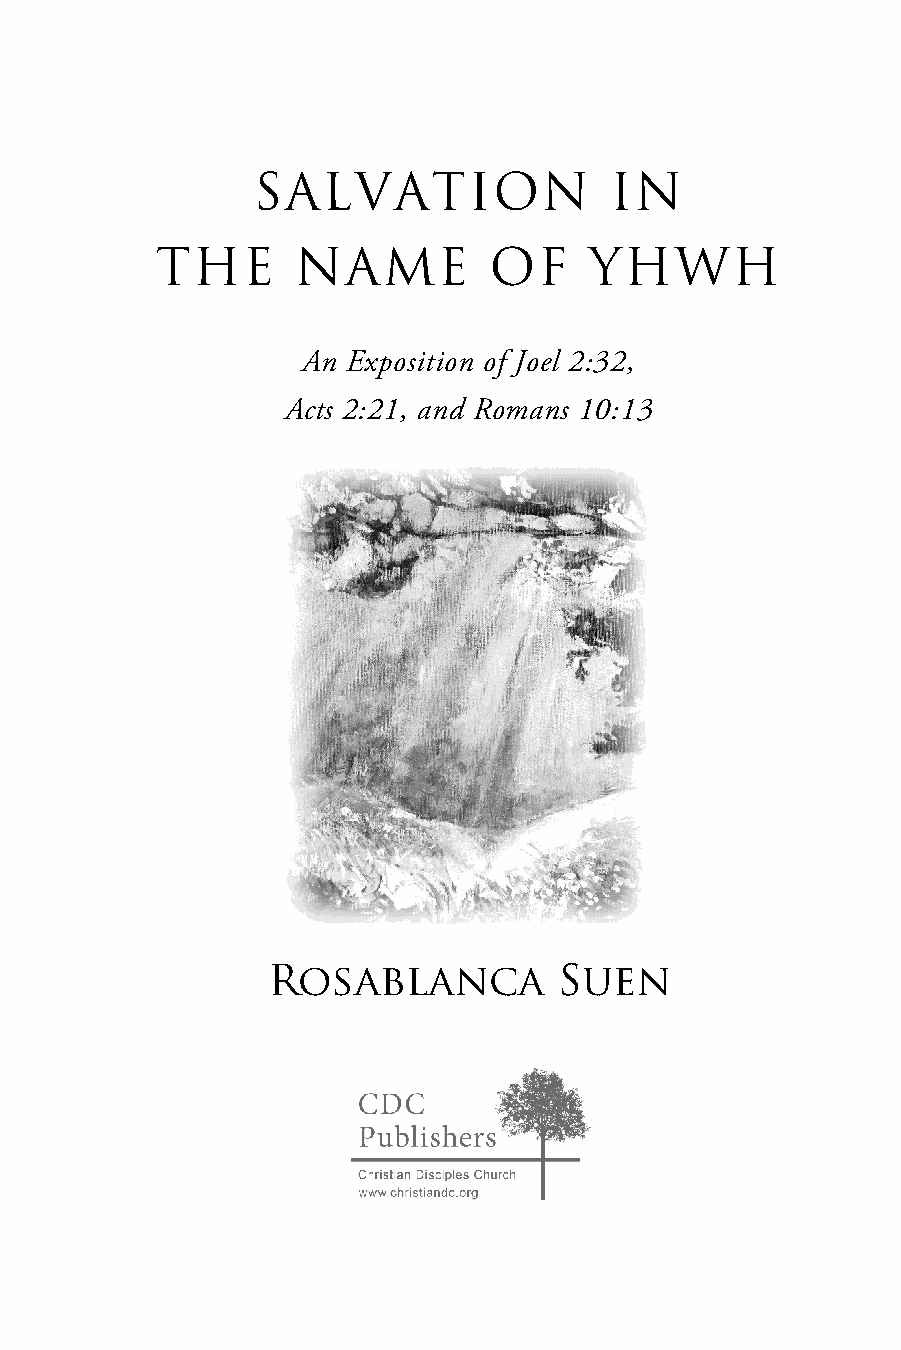
SALVATION              IN
 THE       NAME        OF     YHWH
 An Exposition of Joel 2:32,
 Acts 2:21, and Romans 10:13
 Rosablanca         Suen